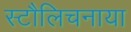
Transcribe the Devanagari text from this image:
स्टौलिचनाया